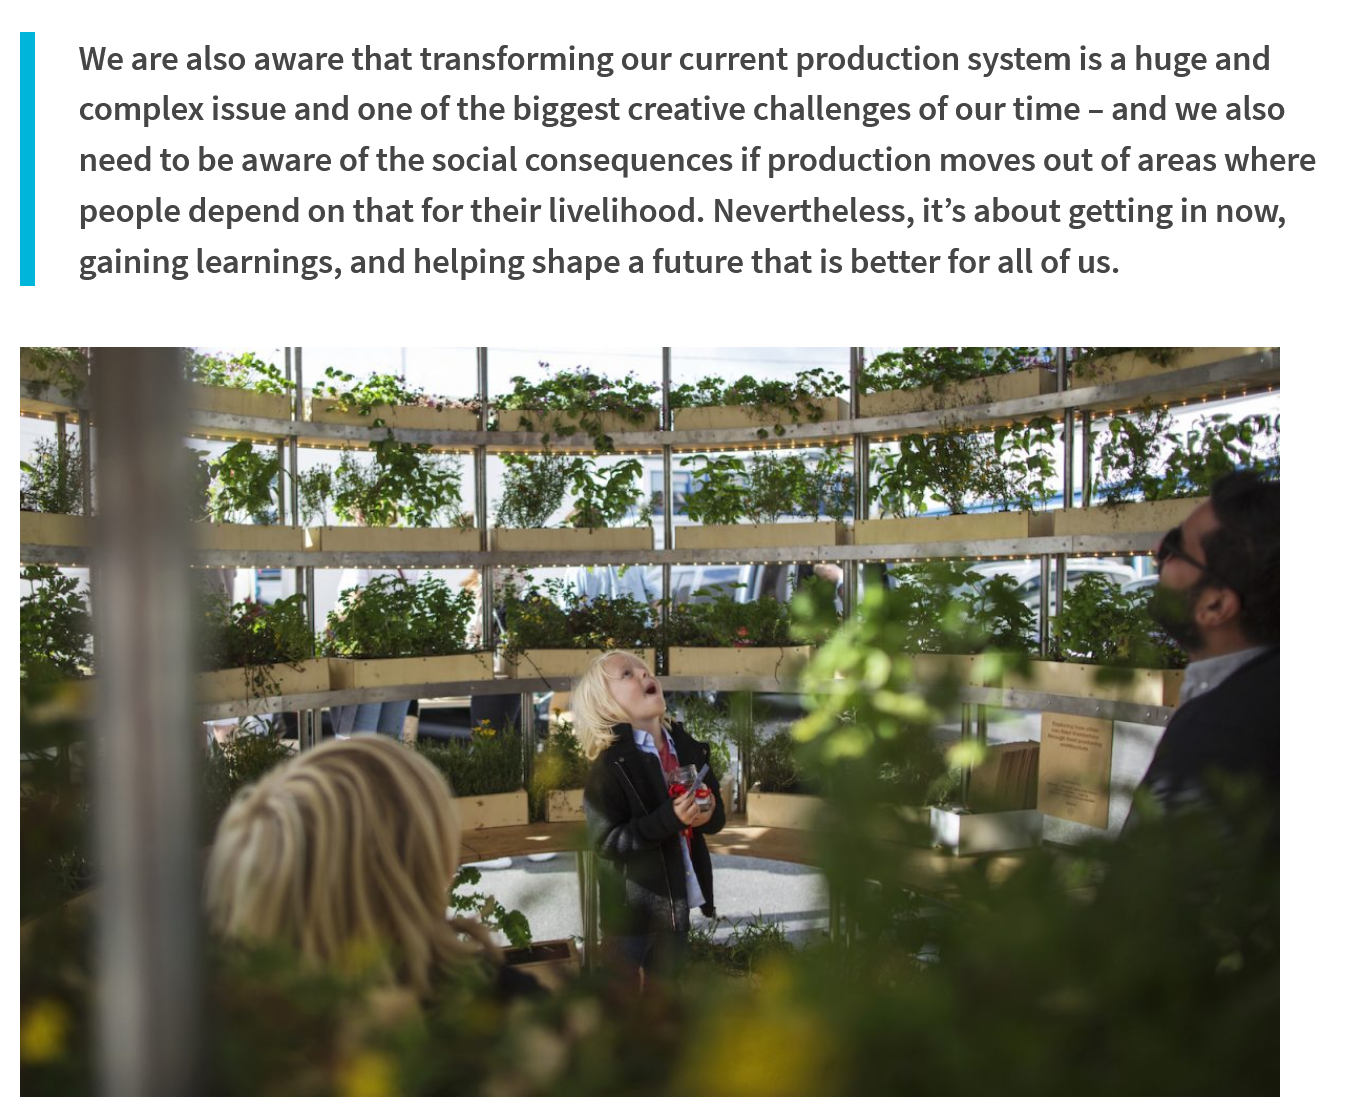
We are also aware that transforming our current production system is a huge and
     complex issue and one of the biggest creative challenges of our time
     -
     and we also
     need to be aware of the social consequences if production moves out of areas where
     people depend on that for their livelihood. Nevertheless, it’s about getting in now,
     gaining learnings, and helping shape a future that is better for all of us.